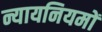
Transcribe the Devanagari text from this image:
न्यायनियमों